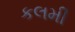
કલમી